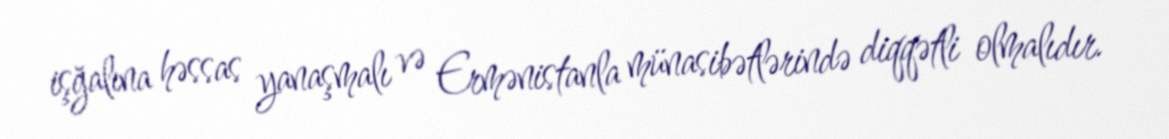
işğalına həssas yanaşmalı və Ermənistanla münasibətlərində diqqətli olmalıdır.